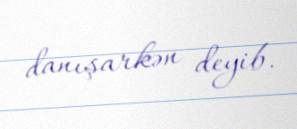
danışarkən deyib.